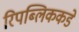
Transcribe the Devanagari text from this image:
रिपब्लिककडे